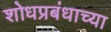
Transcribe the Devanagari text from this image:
शोधप्रबंधाच्या